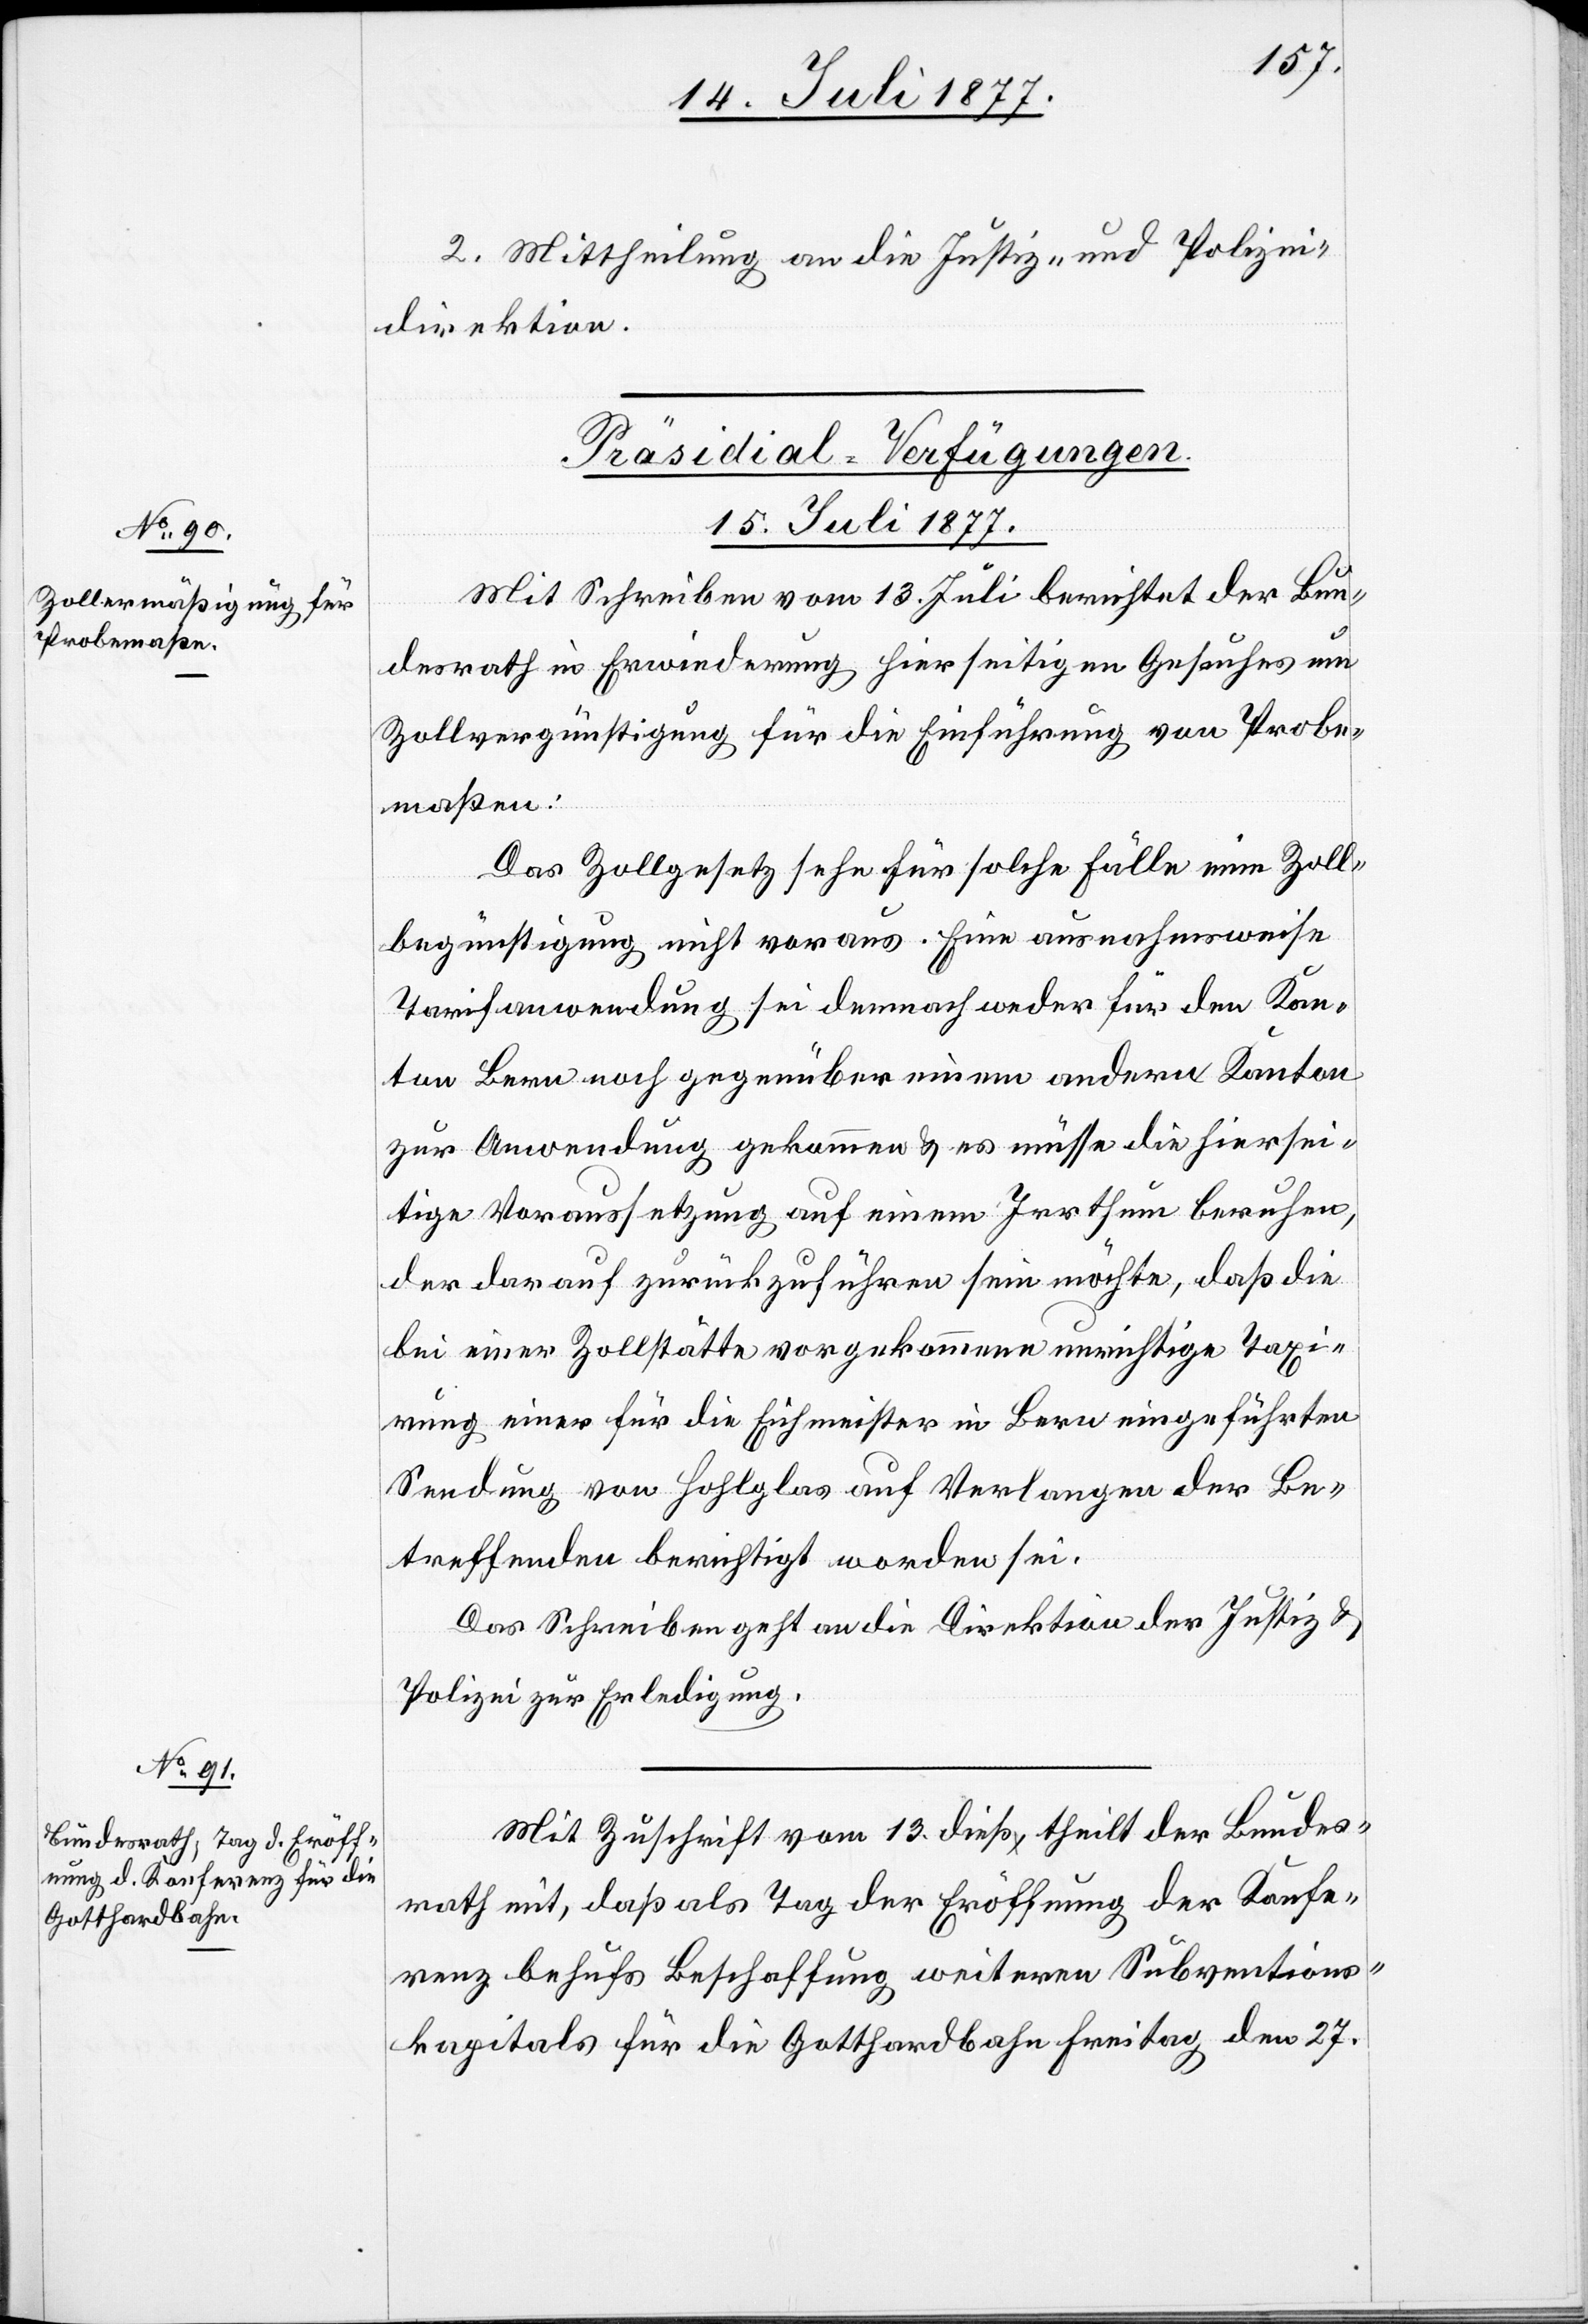
2. Mittheilung an die Justiz- und Polizei¬
direktion.
[Präsidial-Verfügungen.
15. Juli 1877.]
Mit Schreiben vom 13. Juli berichtet der Bun¬
desrath in Erwiederung hierseitigen Gesuches um
Zollvergünstigung für die Einführung von Probe¬
maßen:
Das Zollgesetz sehe für solche Fälle eine Zoll¬
begünstigung nicht voraus. Eine ausnahmsweise
Tarifanwendung sei demnach weder für den Kan¬
ton Bern noch gegenüber einem andern Kanton
zur Anwendung gekommen & es müsse die hiersei¬
tige Voraussetzung auf einem Irrthum beruhen,
der darauf zurückzuführen sein möchte, daß die
bei einer Zollstätte vorgekommene unrichtige Taxi¬
rung einer für die Eichmeister in Bern eingeführten
Sendung von Hohlglas auf Verlangen der Be¬
treffenden berichtigt worden sei.
Das Schreiben geht an die Direktion der Justiz &
Polizei zur Erledigung.
Mit Zuschrift vom 13. dieß theilt der Bundes¬
rath mit, daß als Tag der Eröffnung der Konfe¬
renz behufs Beschaffung weiteren Subventions¬
kapitals für die Gotthardbahn Freitag den 27.